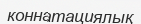
коннатациялық